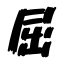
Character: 屈